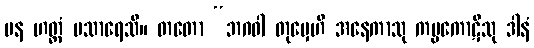
ပန ဟတ္ထံ ပသာရေသိ။ တတော “ဘဂဝါ တုမှေဟိ အနေကာသု ကပ္ပကောဋီသု ဒါနံ